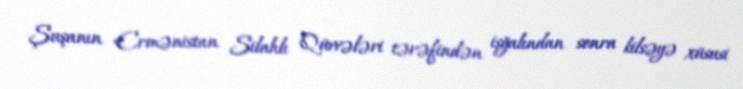
Şuşanın Ermənistan Silahlı Qüvvələri tərəfindən işğalından sonra kilsəyə xüsusi